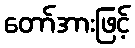
တော်အားဖြင့်